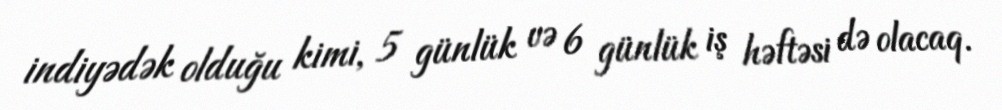
indiyədək olduğu kimi, 5 günlük və 6 günlük iş həftəsi də olacaq.